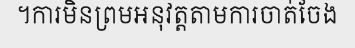
។ការមិនព្រមអនុវត្តតាមការចាត់ចែង